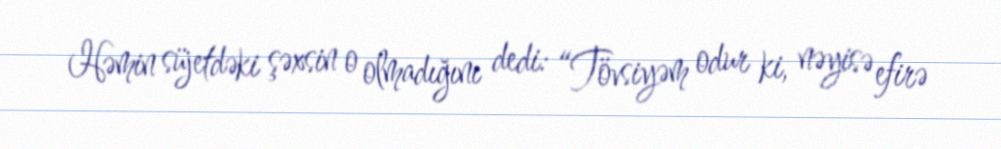
Həmin süjetdəki şəxsin o olmadığını dedi: “Tövsiyəm odur ki, nəyisə efirə